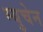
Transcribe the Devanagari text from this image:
म्युचेन